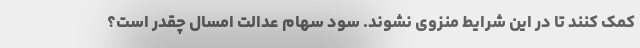
کمک کنند تا در این شرایط منزوی نشوند. سود سهام عدالت امسال چقدر است؟